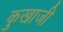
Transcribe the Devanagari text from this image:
कुखाजी